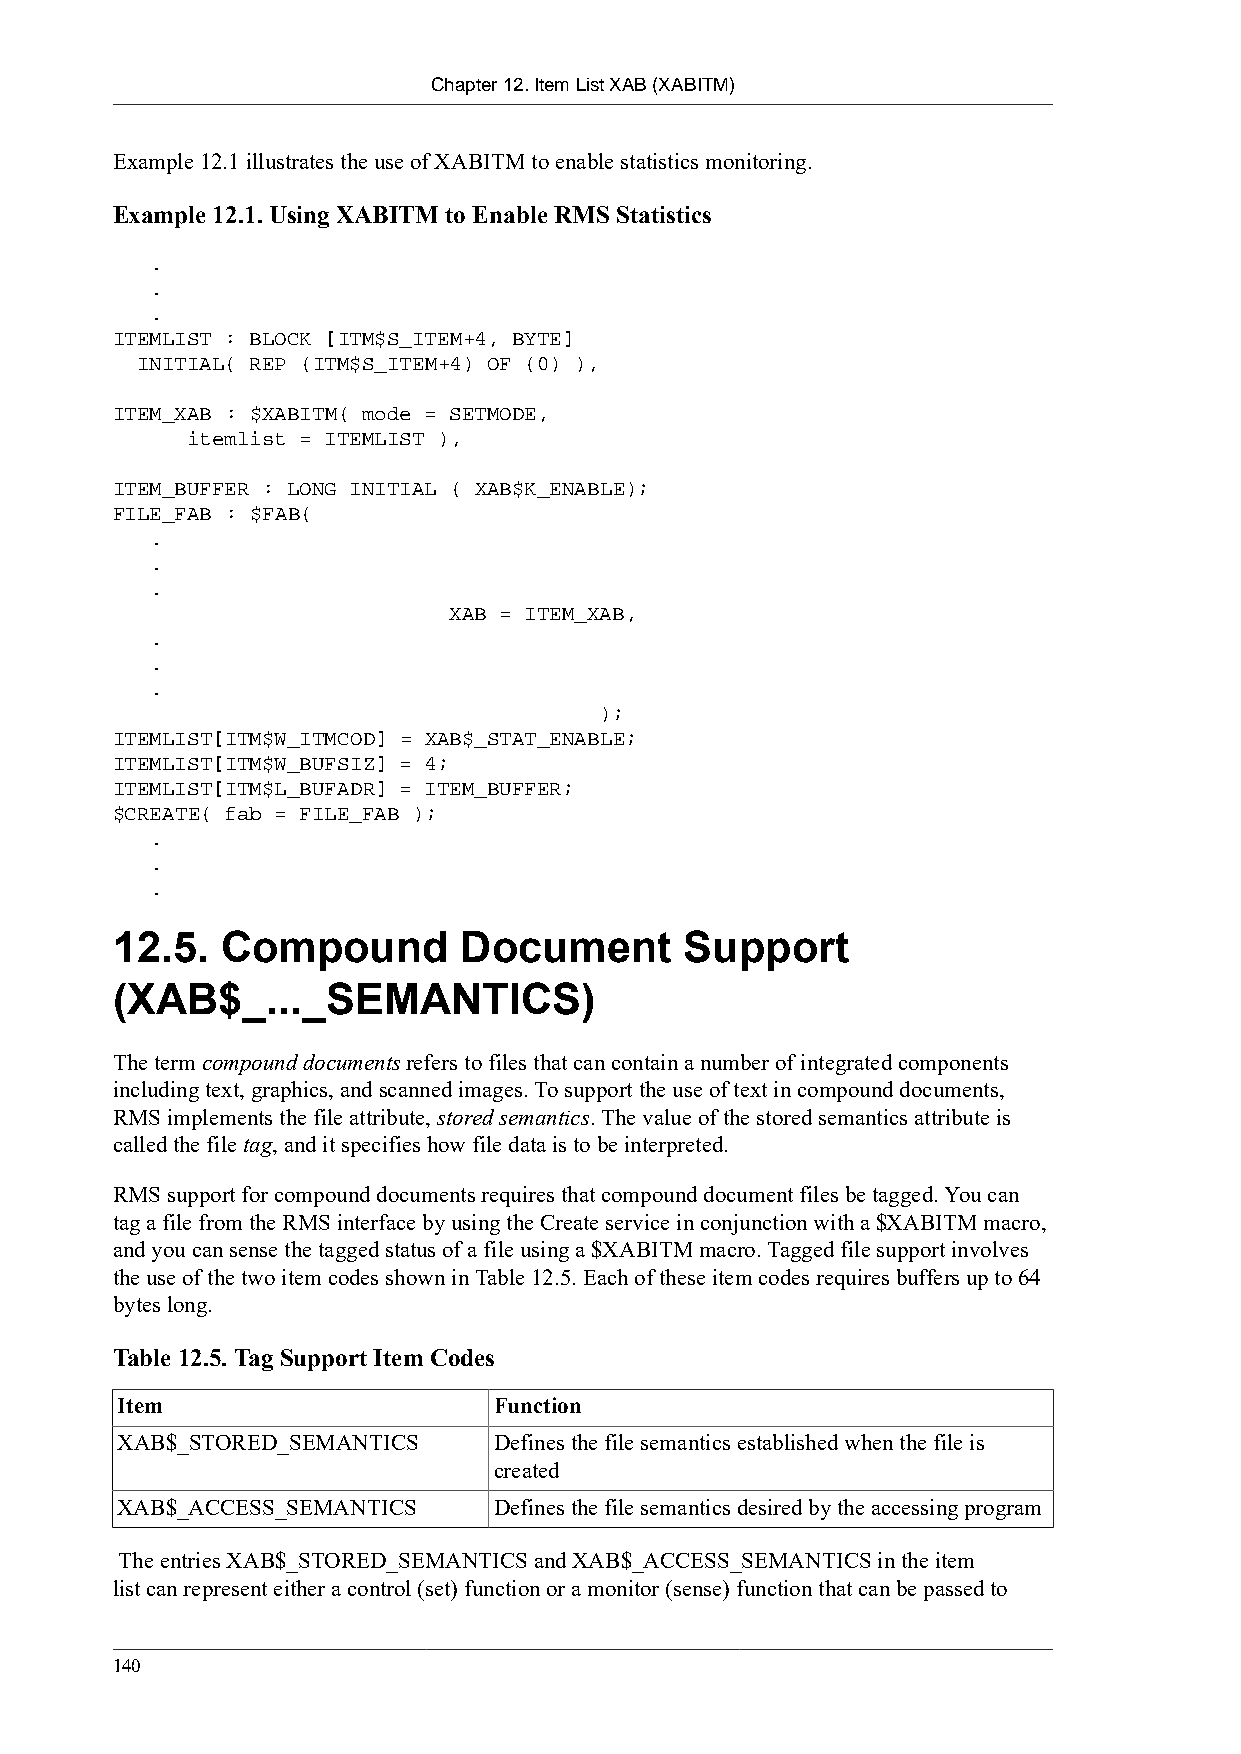
Chapter 12. Item List XAB (XABITM)
 Example 12.1 illustrates the use of XABITM to enable statistics monitoring.
 Example 12.1. Using XABITM to Enable RMS Statistics
 .
 .
 .
 ITEMLIST : BLOCK [ITM$S_ITEM+4, BYTE]
 INITIAL( REP (ITM$S_ITEM+4) OF (0) ),
 ITEM_XAB : $XABITM( mode = SETMODE,
 itemlist = ITEMLIST ),
 ITEM_BUFFER : LONG INITIAL ( XAB$K_ENABLE);
 FILE_FAB : $FAB(
 .
 .
 .
 XAB = ITEM_XAB,
 .
 .
 .
 );
 ITEMLIST[ITM$W_ITMCOD] = XAB$_STAT_ENABLE;
 ITEMLIST[ITM$W_BUFSIZ] = 4;
 ITEMLIST[ITM$L_BUFADR] = ITEM_BUFFER;
 $CREATE( fab = FILE_FAB );
 .
 .
 .
 12.5.   Compound       Document       Support
 (XAB$_..._SEMANTICS)
 The term compound documents refers to files that can contain a number of integrated components
 including text, graphics, and scanned images. To support the use of text in compound documents,
 RMS implements the file attribute, stored semantics. The value of the stored semantics attribute is
 called the file tag, and it specifies how file data is to be interpreted.
 RMS support for compound documents requires that compound document files be tagged. You can
 tag a file from the RMS interface by using the Create service in conjunction with a $XABITM macro,
 and you can sense the tagged status of a file using a $XABITM macro. Tagged file support involves
 the use of the two item codes shown in Table 12.5. Each of these item codes requires buffers up to 64
 bytes long.
 Table 12.5. Tag Support Item Codes
 Item                     Function
 XAB$_STORED_SEMANTICS    Defines the file semantics established when the file is
 created
 XAB$_ACCESS_SEMANTICS    Defines the file semantics desired by the accessing program
 The entries XAB$_STORED_SEMANTICS and XAB$_ACCESS_SEMANTICS in the item
 list can represent either a control (set) function or a monitor (sense) function that can be passed to
 140